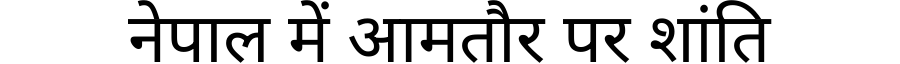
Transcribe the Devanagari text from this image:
नेपाल में आमतौर पर शांति